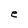
Character: e